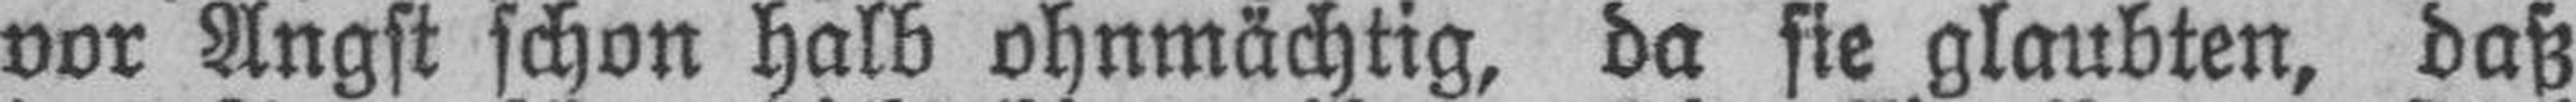
vor Angst schon halb ohnmächtig, da sie glaubten, daß